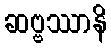
ဆဗ္ဗဿာနိ